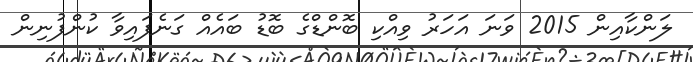
ލަންކާއިން 2015 ވަނަ އަހަރު ވިއްކި ބޮންޑްގެ ބޮޑު ބައެއް ގަނެފައިވާ ކުންފުނިން